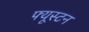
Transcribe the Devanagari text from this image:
फ्यूस्टन